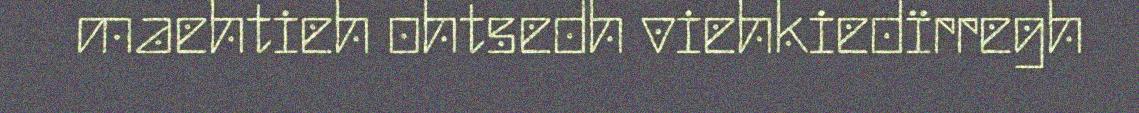
maehtieh ohtsedh viehkiedïrregh